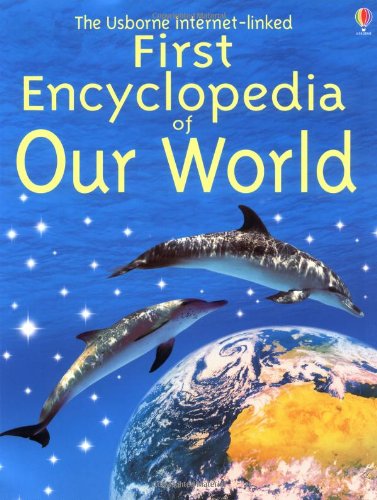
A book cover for The Usborne Internet-Linked First Encyclopedia of Our World; Felicity Brooks; Reference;